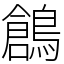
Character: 鶬